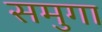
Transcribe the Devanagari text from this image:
समुगा